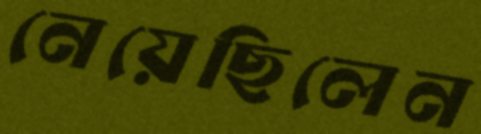
নেয়েছিলেন